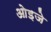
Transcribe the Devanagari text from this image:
ओइजे